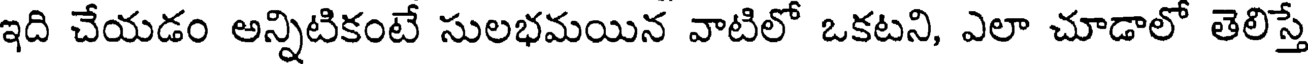
ఇది చేయడం అన్నిటికంటే సులభమయిన వాటిలో ఒకటని, ఎలా చూడాలో తెలిస్తే